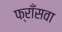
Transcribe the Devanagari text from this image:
फ्राँसवा